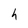
Character: h